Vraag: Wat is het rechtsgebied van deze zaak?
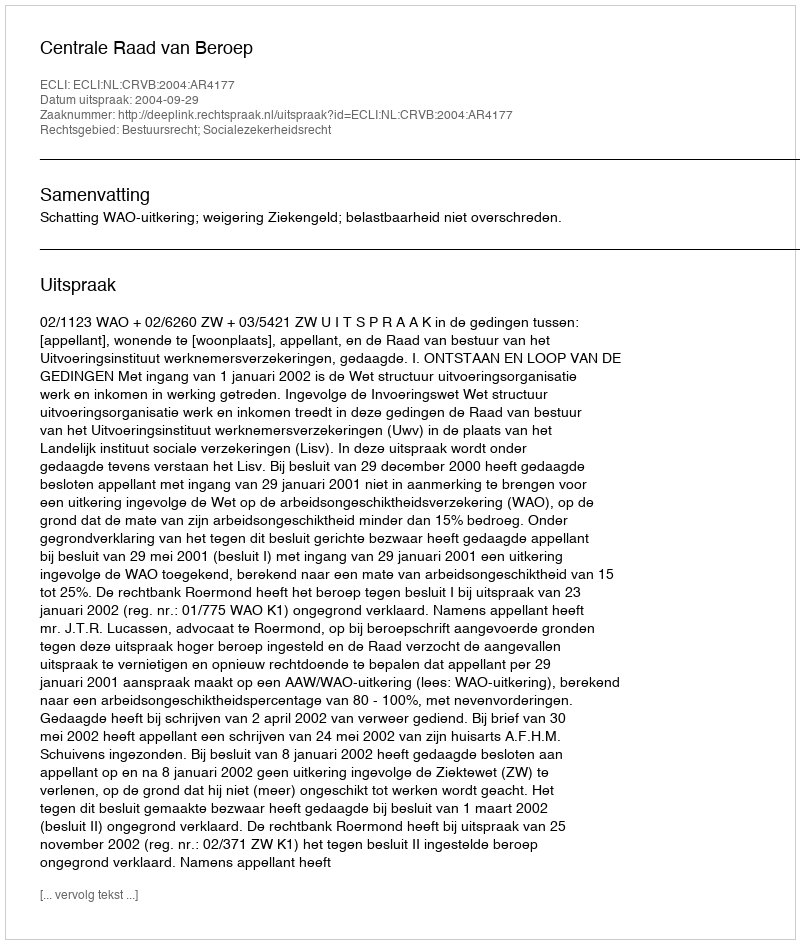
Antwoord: Bestuursrecht; Socialezekerheidsrecht